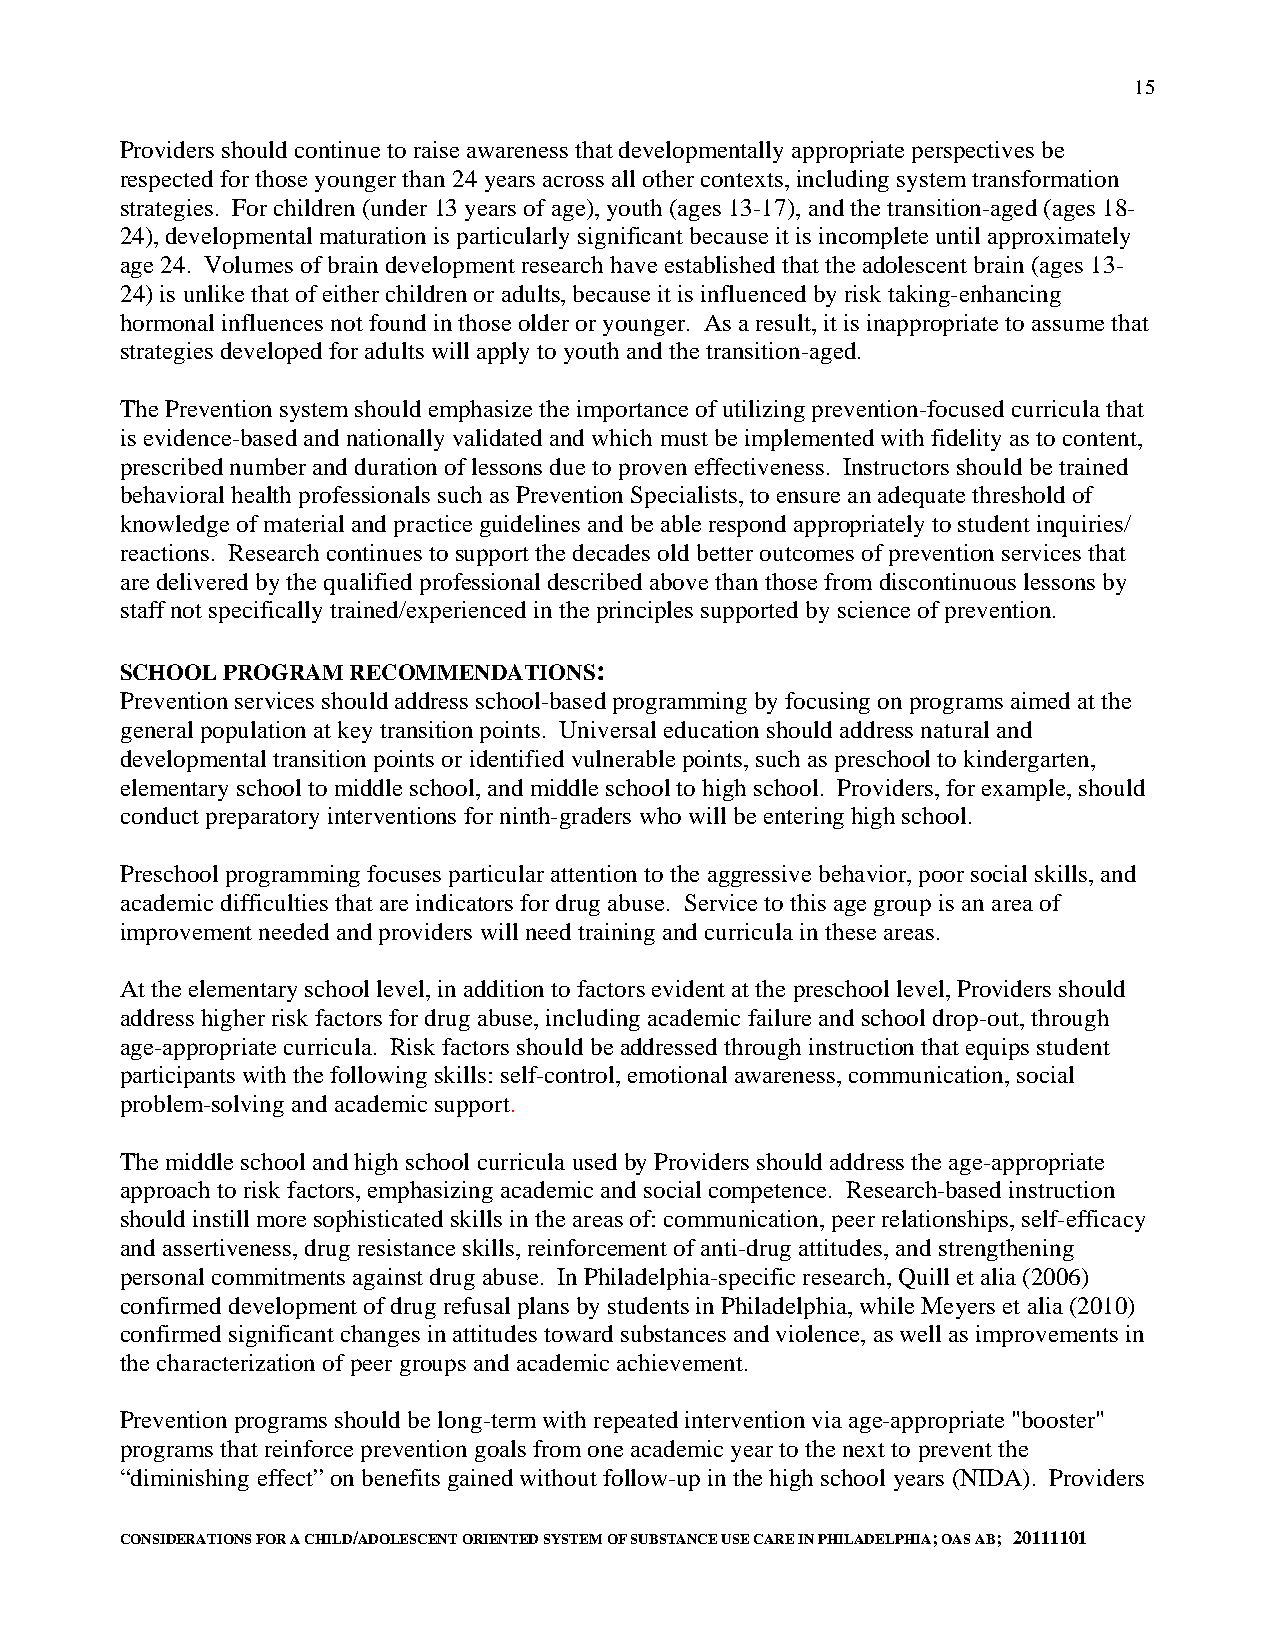
15
 Providers should continue to raise awareness that developmentally appropriate perspectives be
 respected for those younger than 24 years across all other contexts, including system transformation
 strategies. For children (under 13 years of age), youth (ages 13-17), and the transition-aged (ages 18-
 24), developmental maturation is particularly significant because it is incomplete until approximately
 age 24. Volumes of brain development research have established that the adolescent brain (ages 13-
 24) is unlike that of either children or adults, because it is influenced by risk taking-enhancing
 hormonal influences not found in those older or younger. As a result, it is inappropriate to assume that
 strategies developed for adults will apply to youth and the transition-aged.
 The Prevention system should emphasize the importance of utilizing prevention-focused curricula that
 is evidence-based and nationally validated and which must be implemented with fidelity as to content,
 prescribed number and duration of lessons due to proven effectiveness. Instructors should be trained
 behavioral health professionals such as Prevention Specialists, to ensure an adequate threshold of
 knowledge of material and practice guidelines and be able respond appropriately to student inquiries/
 reactions. Research continues to support the decades old better outcomes of prevention services that
 are delivered by the qualified professional described above than those from discontinuous lessons by
 staff not specifically trained/experienced in the principles supported by science of prevention.
 SCHOOL PROGRAM RECOMMENDATIONS:
 Prevention services should address school-based programming by focusing on programs aimed at the
 general population at key transition points. Universal education should address natural and
 developmental transition points or identified vulnerable points, such as preschool to kindergarten,
 elementary school to middle school, and middle school to high school. Providers, for example, should
 conduct preparatory interventions for ninth-graders who will be entering high school.
 Preschool programming focuses particular attention to the aggressive behavior, poor social skills, and
 academic difficulties that are indicators for drug abuse. Service to this age group is an area of
 improvement needed and providers will need training and curricula in these areas.
 At the elementary school level, in addition to factors evident at the preschool level, Providers should
 address higher risk factors for drug abuse, including academic failure and school drop-out, through
 age-appropriate curricula. Risk factors should be addressed through instruction that equips student
 participants with the following skills: self-control, emotional awareness, communication, social
 problem-solving and academic support.
 The middle school and high school curricula used by Providers should address the age-appropriate
 approach to risk factors, emphasizing academic and social competence. Research-based instruction
 should instill more sophisticated skills in the areas of: communication, peer relationships, self-efficacy
 and assertiveness, drug resistance skills, reinforcement of anti-drug attitudes, and strengthening
 personal commitments against drug abuse. In Philadelphia-specific research, Quill et alia (2006)
 confirmed development of drug refusal plans by students in Philadelphia, while Meyers et alia (2010)
 confirmed significant changes in attitudes toward substances and violence, as well as improvements in
 the characterization of peer groups and academic achievement.
 Prevention programs should be long-term with repeated intervention via age-appropriate "booster"
 programs that reinforce prevention goals from one academic year to the next to prevent the
 “diminishing effect” on benefits gained without follow-up in the high school years (NIDA). Providers
 CONSIDERATIONS FOR A CHILD/ADOLESCENT ORIENTED SYSTEM OF SUBSTANCE USE CARE IN PHILADELPHIA; OAS AB; 20111101